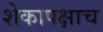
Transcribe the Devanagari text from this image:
शेकापक्षाच